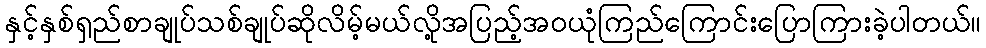
နှင့်နှစ်ရှည်စာချုပ်သစ်ချုပ်ဆိုလိမ့်မယ်လို့အပြည့်အဝယုံကြည်ကြောင်းပြောကြားခဲ့ပါတယ်။